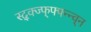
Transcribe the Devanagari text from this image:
स्द्क्ज्फ्फ्फ्न्न्व्न